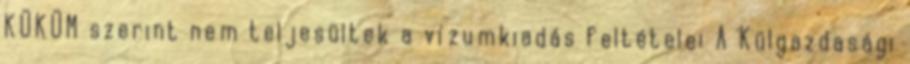
KÜKÜM szerint nem teljesültek a vízumkiadás feltételei A Külgazdasági